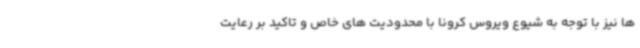
ها نیز با توجه به شیوع ویروس کرونا با محدودیت های خاص و تاکید بر رعایت